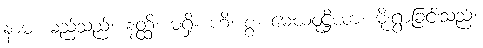
နာမ၊ မည်သည်။ နတ္ထိ၊ မရှိ။ ဟိ၊ စွ။ မေဃဝုဋ္ဌိယာ၊ မိုးရွာခြင်းသည်။